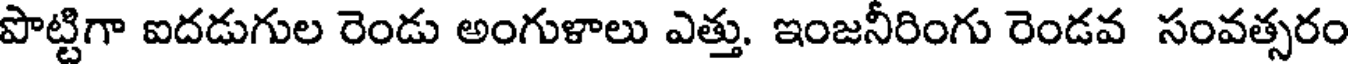
పొట్టిగా ఐదడుగుల రెండు అంగుళాలు ఎత్తు. ఇంజనీరింగు రెండవ సంవత్సరం